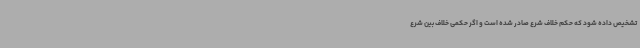
تشخیص داده شود که حکم خلاف شرع صادر شده است و اگر حکمی خلاف بین شرع